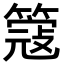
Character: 簆